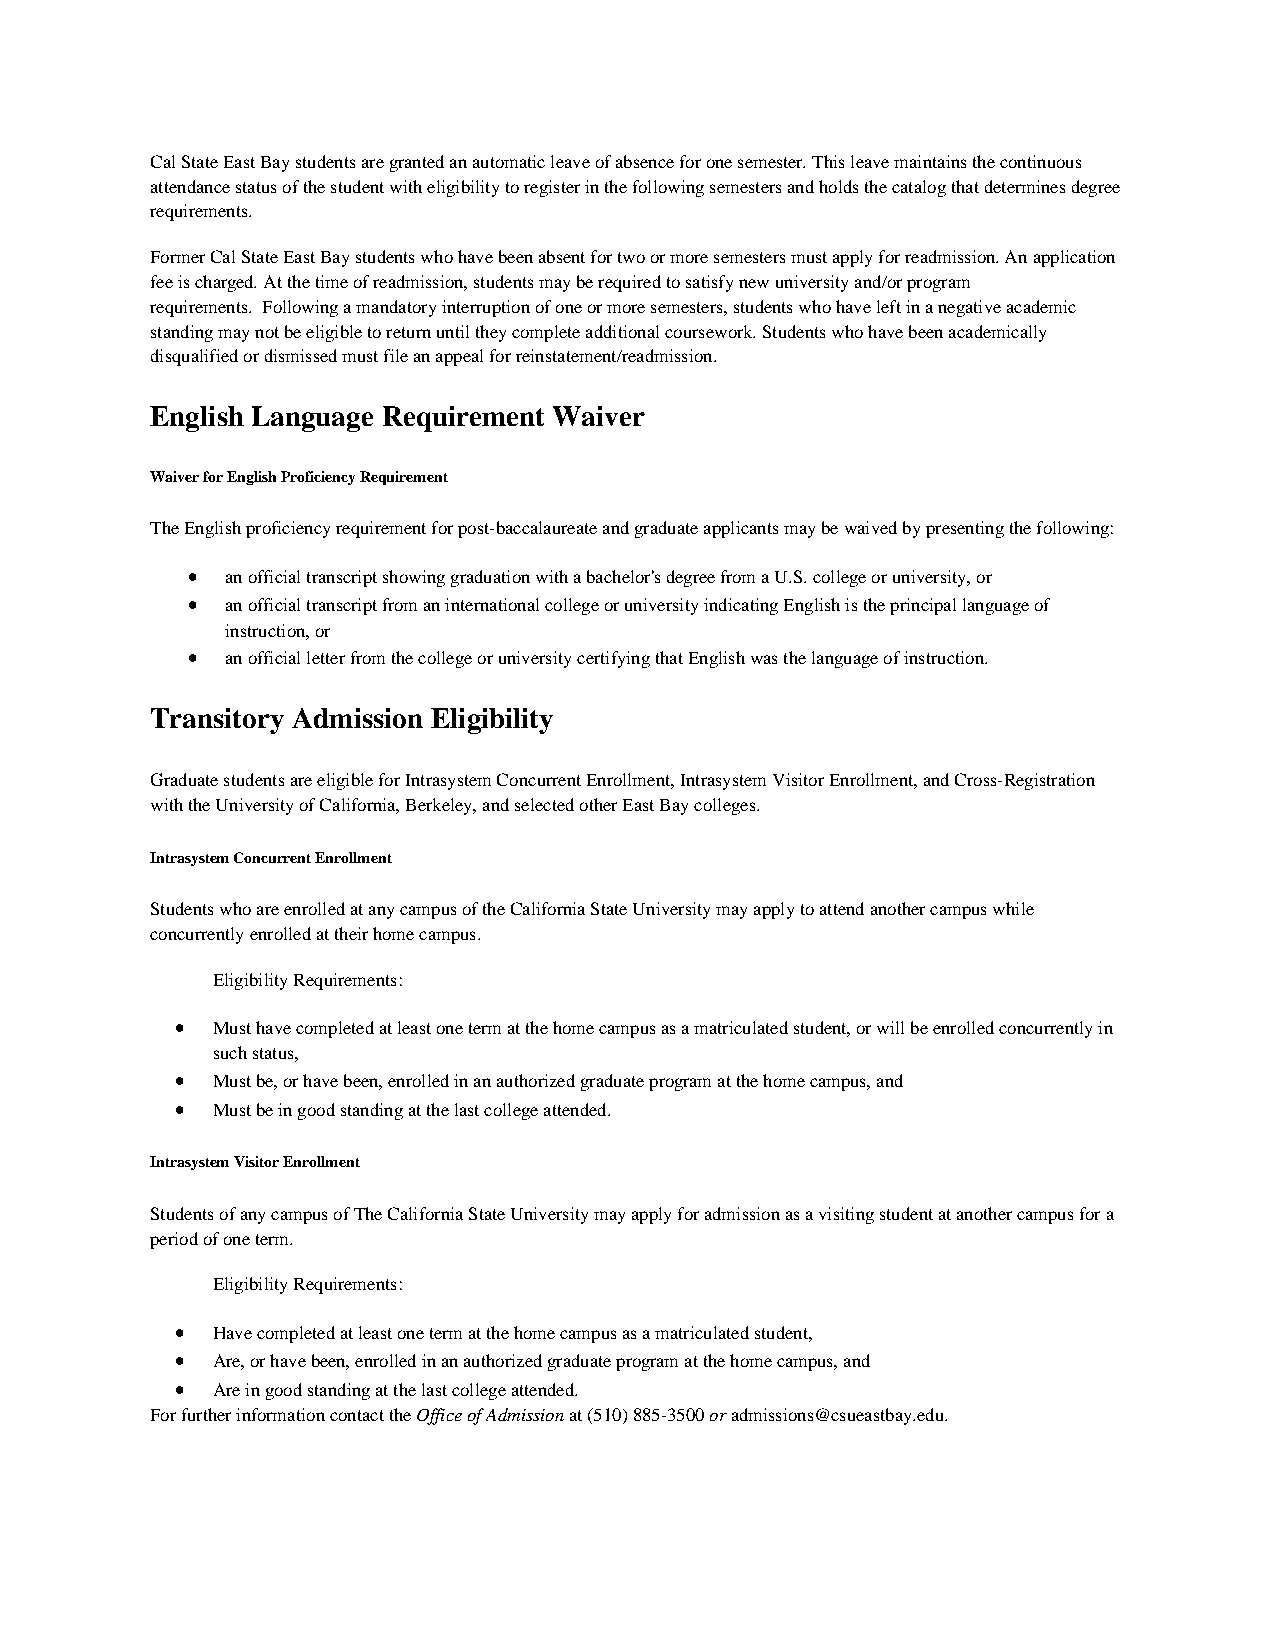
Cal State East Bay students are granted an automatic leave of absence for one semester. This leave maintains the continuous
 attendance status of the student with eligibility to register in the following semesters and holds the catalog that determines degree
 requirements.
 Former Cal State East Bay students who have been absent for two or more semesters must apply for readmission. An application
 fee is charged. At the time of readmission, students may be required to satisfy new university and/or program
 requirements. Following a mandatory interruption of one or more semesters, students who have left in a negative academic
 standing may not be eligible to return until they complete additional coursework. Students who have been academically
 disqualified or dismissed must file an appeal for reinstatement/readmission.
 English Language Requirement Waiver
 Waiver for English Proficiency Requirement
 The English proficiency requirement for post-baccalaureate and graduate applicants may be waived by presenting the following:
 •  an official transcript showing graduation with a bachelor's degree from a U.S. college or university, or
 •  an official transcript from an international college or university indicating English is the principal language of
 instruction, or
 •  an official letter from the college or university certifying that English was the language of instruction.
 Transitory Admission Eligibility
 Graduate students are eligible for Intrasystem Concurrent Enrollment, Intrasystem Visitor Enrollment, and Cross-Registration
 with the University of California, Berkeley, and selected other East Bay colleges.
 Intrasystem Concurrent Enrollment
 Students who are enrolled at any campus of the California State University may apply to attend another campus while
 concurrently enrolled at their home campus.
 Eligibility Requirements:
 • Must have completed at least one term at the home campus as a matriculated student, or will be enrolled concurrently in
 such status,
 • Must be, or have been, enrolled in an authorized graduate program at the home campus, and
 • Must be in good standing at the last college attended.
 Intrasystem Visitor Enrollment
 Students of any campus of The California State University may apply for admission as a visiting student at another campus for a
 period of one term.
 Eligibility Requirements:
 • Have completed at least one term at the home campus as a matriculated student,
 • Are, or have been, enrolled in an authorized graduate program at the home campus, and
 • Are in good standing at the last college attended.
 For further information contact the Office of Admission at (510) 885-3500 or admissions@csueastbay.edu.